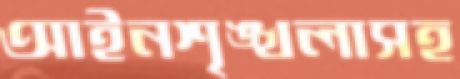
আইনশৃঙ্খলাসহ